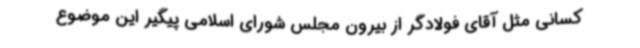
کسانی مثل آقای فولادگر از بیرون مجلس شورای اسلامی پیگیر این موضوع